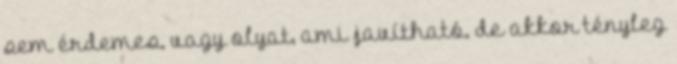
sem érdemes, vagy olyat, ami javítható, de akkor tényleg